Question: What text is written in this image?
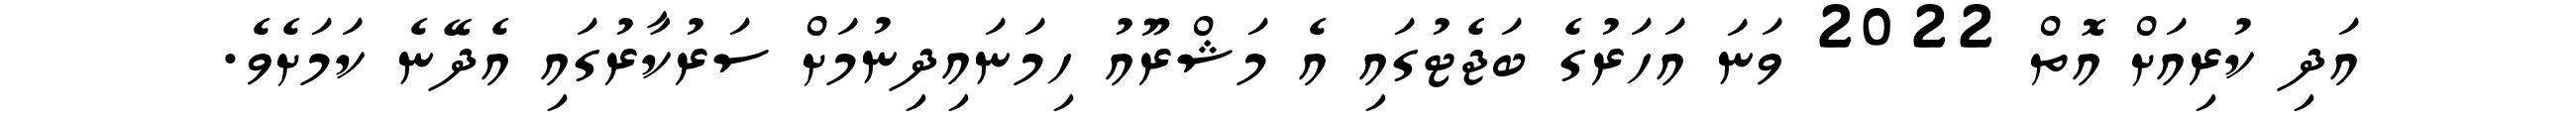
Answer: އަދި ކުރިއަށް އޮތް 2022 ވަނަ އަހަރުގެ ބަޖެޓުގައި އެ މަޝްރޫއު ހިމަނައިދިނުމަށް ސަރުކާރުގައި އެދޭނެ ކަމަށެވެ.